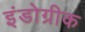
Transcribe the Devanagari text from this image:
इंडोग्रीक